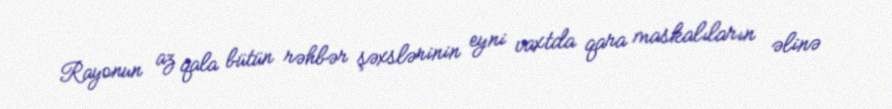
Rayonun az qala bütün rəhbər şəxslərinin eyni vaxtda qara maskalıların əlinə